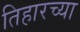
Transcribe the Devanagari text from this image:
तिहारच्या